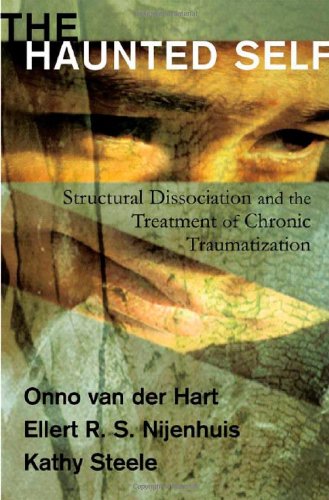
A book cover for The Haunted Self: Structural Dissociation and the Treatment of Chronic Traumatization (Norton Series on Interpersonal Neurobiology); Onno van der Hart; Medical Books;